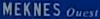
MEKNES Ouest